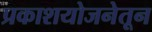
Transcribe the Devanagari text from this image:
प्रकाशयोजनेतून